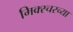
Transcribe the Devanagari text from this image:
मिक्स्चरच्या